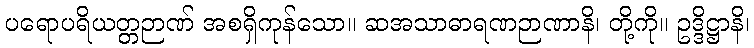
ပရောပရိယတ္တဉာဏ် အစရှိကုန်သော။ ဆအသာဓာရဏဉာဏာနိ၊ တို့ကို။ ဥဒ္ဒိဋ္ဌာနိ၊